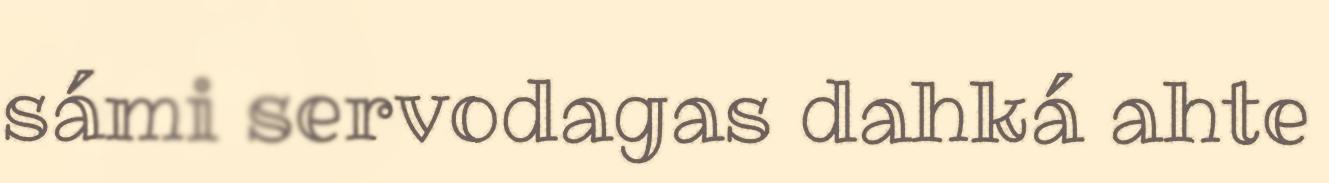
sámi servodagas dahká ahte